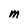
Character: M